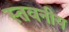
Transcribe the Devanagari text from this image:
स्तवनीय